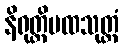
နိရုတ္တိပထသုတ္တံ